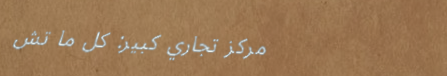
مركز تجاري كبير: كل ما تش